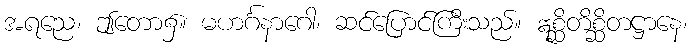
အရညေ၊ ဤတော၌။ မဟင်္ဂနာဂေါ၊ ဆင်ပြောင်ကြီးသည်။ ဣစ္ဆိတိစ္ဆိတဋ္ဌာနေ၊